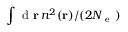
\int \mathrm { ~ d ~ } \ensuremath { \mathbf { r } } \, n ^ { 2 } ( \ensuremath { \mathbf { r } } ) / ( 2 \ensuremath { N _ { \mathrm { ~ e ~ } } } )